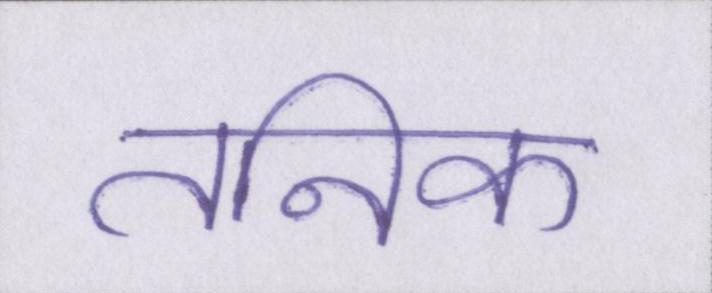
तनिक